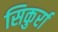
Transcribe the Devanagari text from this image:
सिकुर्रा